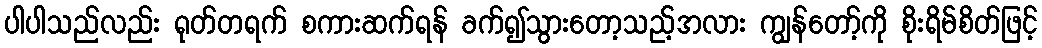
ပါပါသည်လည်း ရုတ်တရက် စကားဆက်ရန် ခက်၍သွားတော့သည့်အလား ကျွန်တော့်ကို စိုးရိမ်စိတ်ဖြင့်